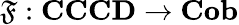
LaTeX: \mathfrak{F}:\mathbf{CCCD}\rightarrow\mathbf{Cob}